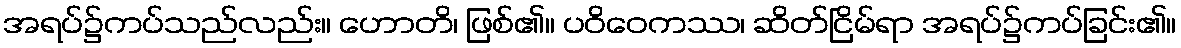
အရပ်၌ကပ်သည်လည်း။ ဟောတိ၊ ဖြစ်၏။ ပဝိဝေကဿ၊ ဆိတ်ငြိမ်ရာ အရပ်၌ကပ်ခြင်း၏။